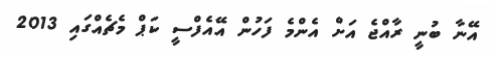
އޭނާ ބުނީ ރާއްޖެ އަށް އެންމެ ފަހުން އޭއެފްސީ ކަޕް މެޗެއްގައި 2013